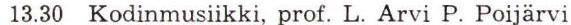
13.30 Kodinmusiikki, prof. L. Arvi P. Poijärvi